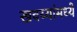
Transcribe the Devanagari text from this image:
खवय्यांमध्ये